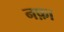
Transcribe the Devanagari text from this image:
नफ़ा